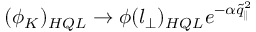
( \phi _ { K } ) _ { H Q L } \rightarrow \phi ( l _ { \bot } ) _ { H Q L } e ^ { - \alpha \tilde { q } _ { \parallel } ^ { 2 } }